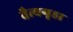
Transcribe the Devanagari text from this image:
चैत्यगृहा